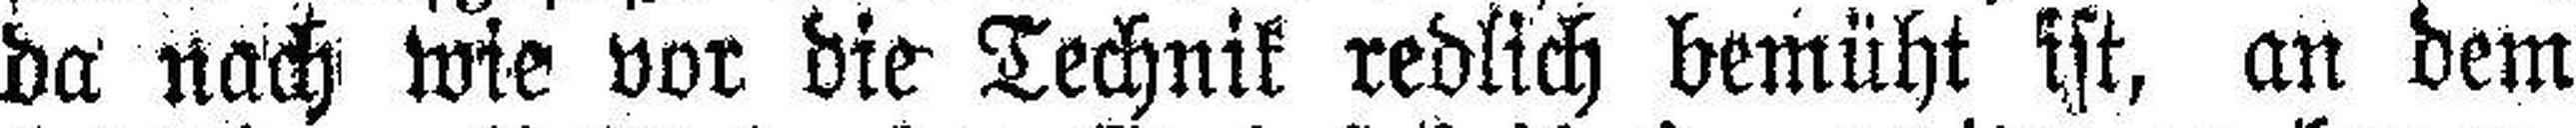
da nach wie vor die Technik redlich bemüht ist, an dem